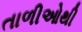
તાળીઓથી